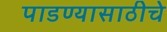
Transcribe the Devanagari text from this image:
पाडण्यासाठीचे